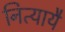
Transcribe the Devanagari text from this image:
नित्यायै